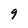
Character: g